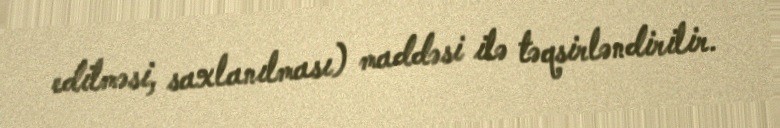
edilməsi, saxlanılması) maddəsi ilə təqsirləndirilir.